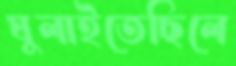
ঘুলাইতেছিলে